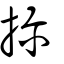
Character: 抮